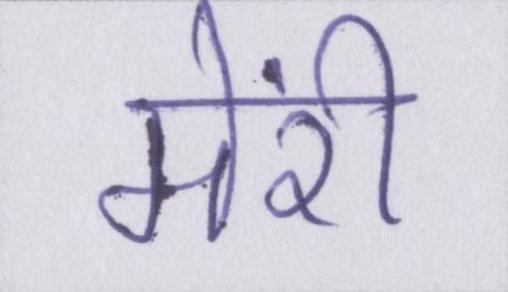
मेंरी